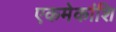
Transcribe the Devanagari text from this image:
एकमेकांशि